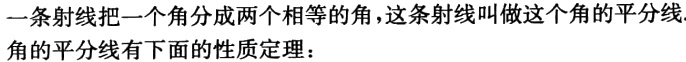
一条射线把一个角分成两个相等的角，这条射线叫做这个角的平分线
角的平分线有下面的性质定理：